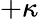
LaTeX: +\kappa